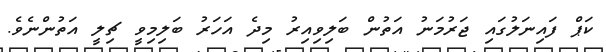
ކަޕް ފައިނަލުގައި ޖަރުމަނު އަތުން ބަލިވިއިރު މިދެ އަހަރު ބަލިމިވީ ޗިލީ އަތުންނެވެ.